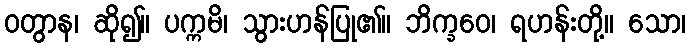
ဝတွာန၊ ဆို၍။ ပက္ကမိ၊ သွားဟန်ပြု၏။ ဘိက္ခဝေ၊ ရဟန်းတို့။ သော၊